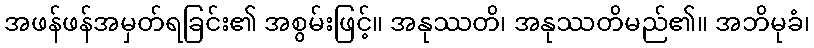
အဖန်ဖန်အမှတ်ရခြင်း၏ အစွမ်းဖြင့်။ အနုဿတိ၊ အနုဿတိမည်၏။ အဘိမုခံ၊